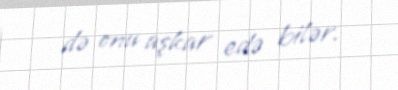
də onu aşkar edə bilər.